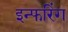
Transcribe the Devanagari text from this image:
इन्फरिंग